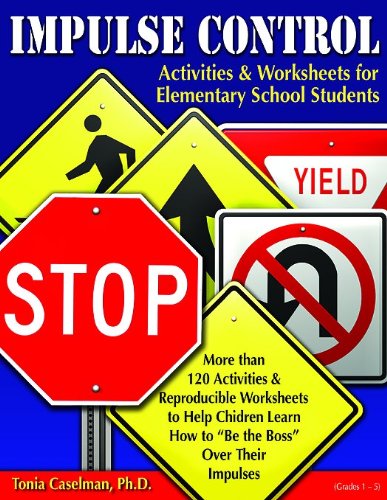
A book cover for Impulse Control Activities & Worksheets for Elementary Students W/CD; Tonia Caselman; Education & Teaching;